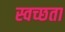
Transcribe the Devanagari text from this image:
स्वच्‍छता